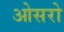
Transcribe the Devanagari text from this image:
ओसरो